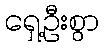
ရှေ့ဦးစွာ